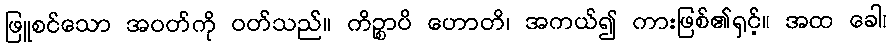
ဖြူစင်သော အဝတ်ကို ဝတ်သည်။ ကိဉ္စာပိ ဟောတိ၊ အကယ်၍ ကားဖြစ်၏ရှင့်။ အထ ခေါ၊